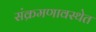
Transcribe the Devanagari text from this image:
संक्रमणावस्थेत